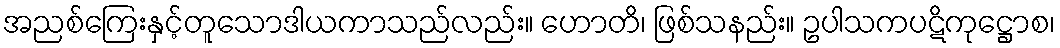
အညစ်ကြေးနှင့်တူသောဒါယကာသည်လည်း။ ဟောတိ၊ ဖြစ်သနည်း။ ဥပါသကပဋိကုဋ္ဌောစ၊